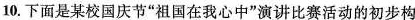
10.下面是某校国庆节”祖国在我心中”演讲比赛活动的初步构